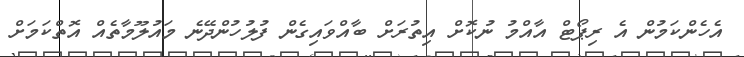
އެހެންކަމުން އެ ރިޕޯޓް އާއްމު ނުކޮށް އިތުރަށް ބާއްވައިގެން ފުލުހުންދޭނެ މައުލޫމާތެއް އޮތްކަމަށް